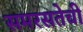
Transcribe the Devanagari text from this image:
समरसतेची